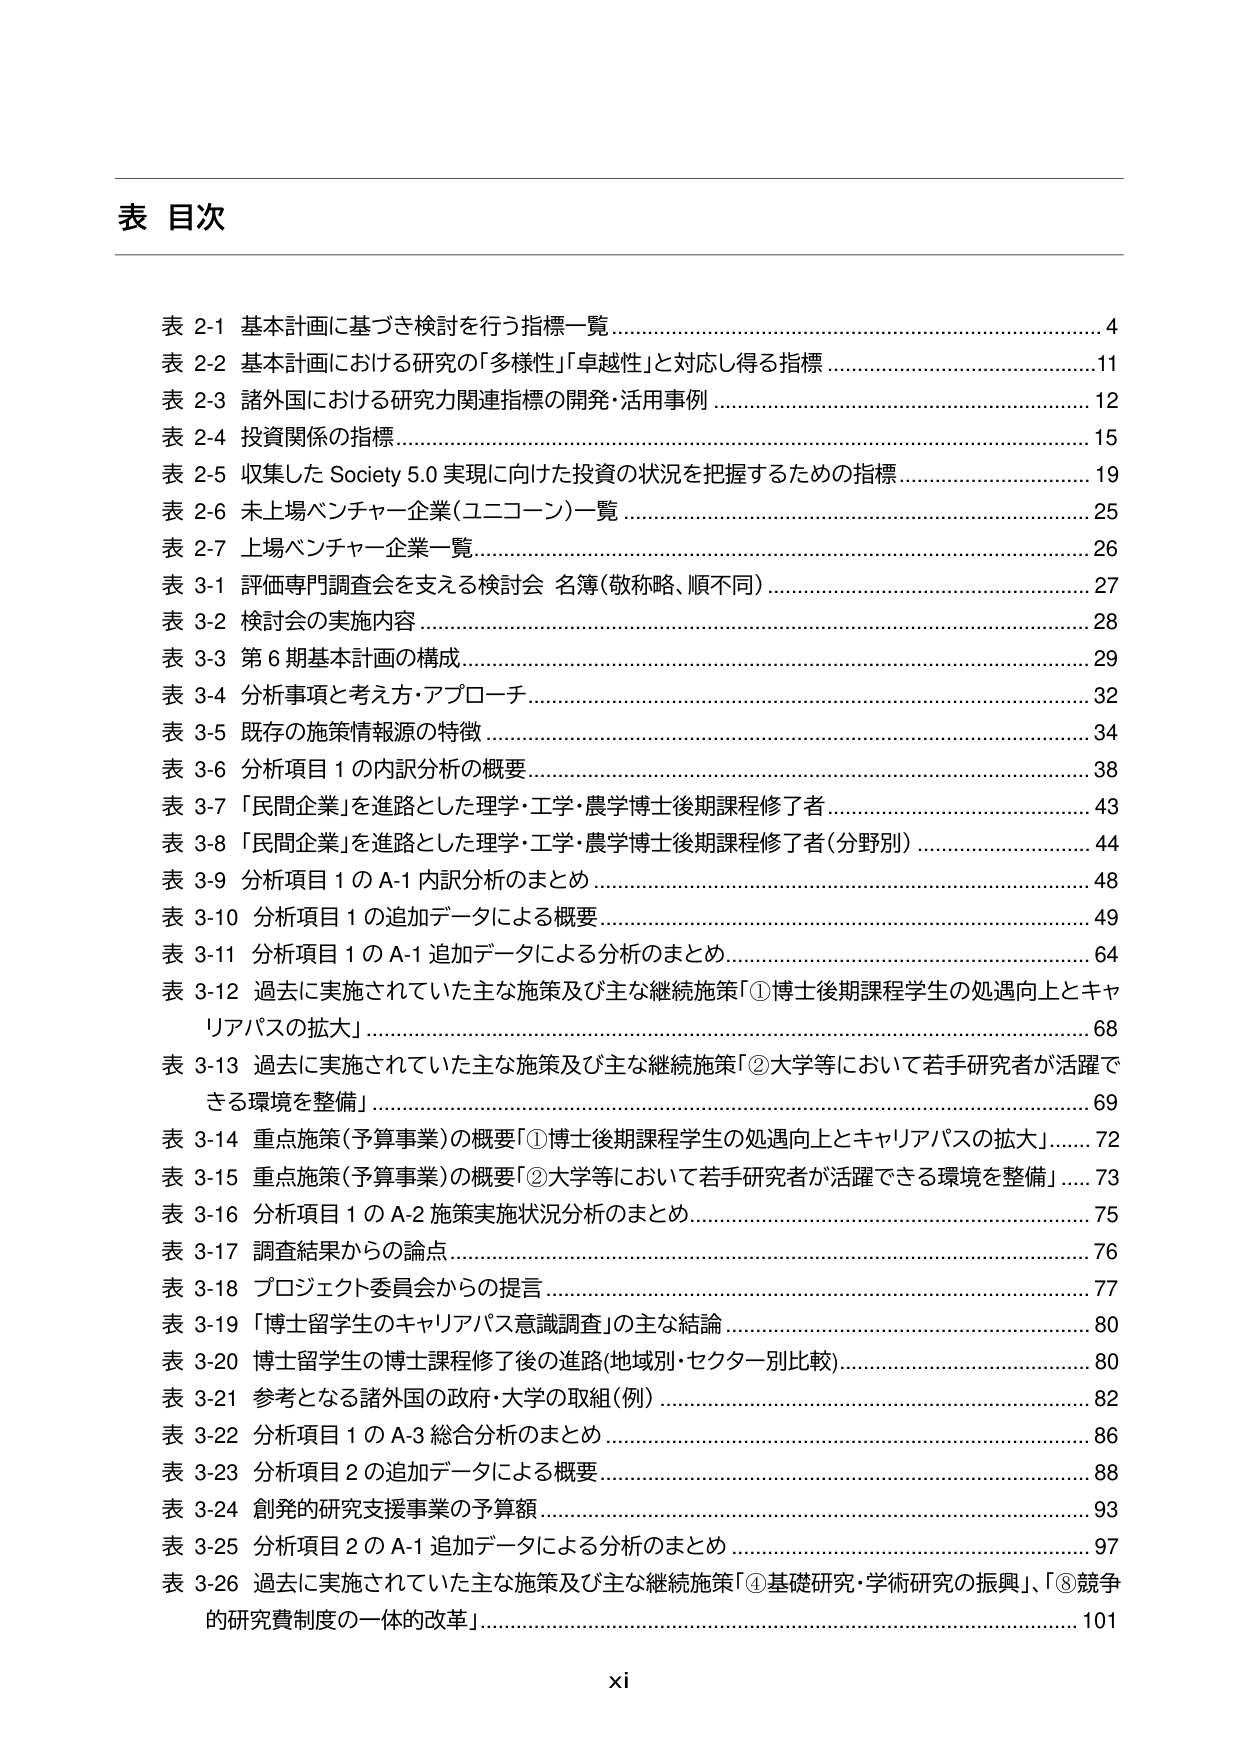
表 目次

表 2-1 基本計画に基づき検討を行う指標一覧...................................................4
表 2-2 基本計画における研究の「多様性」「卓越性」と対応し得る指標.........................11
表 2-3 諸外国における研究力関連指標の開発・活用事例........................................12
表 2-4 投資関係の指標................................................................................15
表 2-5 収集した Society 5.0 実現に向けた投資の状況を把握するための指標...................19
表 2-6 未上場ベンチャー企業（ユニコーン）一覧................................................25
表 2-7 上場ベンチャー企業一覧......................................................................26
表 3-1 評価専門調査会を支える検討会 名簿（敬称略、順不同）................................27
表 3-2 検討会の実施内容..............................................................................28
表 3-3 第6期基本計画の構成..........................................................................29
表 3-4 分析事項と考え方・アプローチ..............................................................32
表 3-5 既存の施策情報源の特徴......................................................................34
表 3-6 分析項目1の内訳分析の概要.................................................................38
表 3-7 「民間企業」を進路とした理学・工学・農学博士後期課程修了者......................43
表 3-8 「民間企業」を進路とした理学・工学・農学博士後期課程修了者（分野別）...........44
表 3-9 分析項目1のA-1内訳分析のまとめ........................................................48
表 3-10 分析項目1の追加データによる概要.......................................................49
表 3-11 分析項目1のA-1追加データによる分析のまとめ........................................64
表 3-12 過去に実施されていた主な施策及び主な継続施策「①博士後期課程学生の処遇向上とキャリアパスの拡大」.................................................................68
表 3-13 過去に実施されていた主な施策及び主な継続施策「②大学等において若手研究者が活躍できる環境を整備」.................................................................69
表 3-14 重点施策（予算事業）の概要「①博士後期課程学生の処遇向上とキャリアパスの拡大」........72
表 3-15 重点施策（予算事業）の概要「②大学等において若手研究者が活躍できる環境を整備」......73
表 3-16 分析項目1のA-2施策実施状況分析のまとめ............................................75
表 3-17 調査結果からの論点..........................................................................76
表 3-18 プロジェクト委員会からの提言.............................................................77
表 3-19 「博士留学生のキャリアパス意識調査」の主な結論....................................80
表 3-20 博士留学生の博士課程修了後の進路（地域別・セクター別比較）.....................80
表 3-21 参考となる諸外国の政府・大学の取組（例）...........................................82
表 3-22 分析項目1のA-3総合分析のまとめ.......................................................86
表 3-23 分析項目2の追加データによる概要.......................................................88
表 3-24 創発的研究支援事業の予算額..............................................................93
表 3-25 分析項目2のA-1追加データによる分析のまとめ........................................97
表 3-26 過去に実施されていた主な施策及び主な継続施策「④基礎研究・学術研究の振興」、「⑧競争的研究費制度の一体的改革」...........................................................101

xi